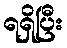
ရရှိပြီး